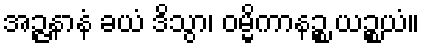
အဉ္ဇနာနံ ခယံ ဒိသွာ၊ ဝမ္မိကာနဉ္စ ယဉ္စယံ။